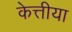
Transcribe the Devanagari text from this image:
केत्तीया